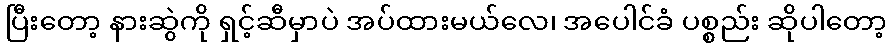
ပြီးတော့ နားဆွဲကို ရှင့်ဆီမှာပဲ အပ်ထားမယ်လေ၊ အပေါင်ခံ ပစ္စည်း ဆိုပါတော့